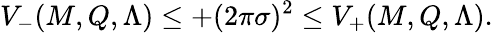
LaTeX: V_{-}(M,Q,\Lambda)\leq+(2\pi\sigma)^{2}\leq V_{+}(M,Q,\Lambda).